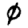
Digit: 0